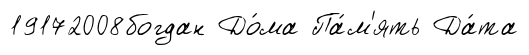
19172008богдан До́ма Па́м'ять Да́та